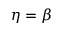
\eta = \beta